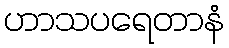
ဟာသပရေတာနံ